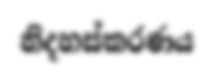
නිදහස්කරණය